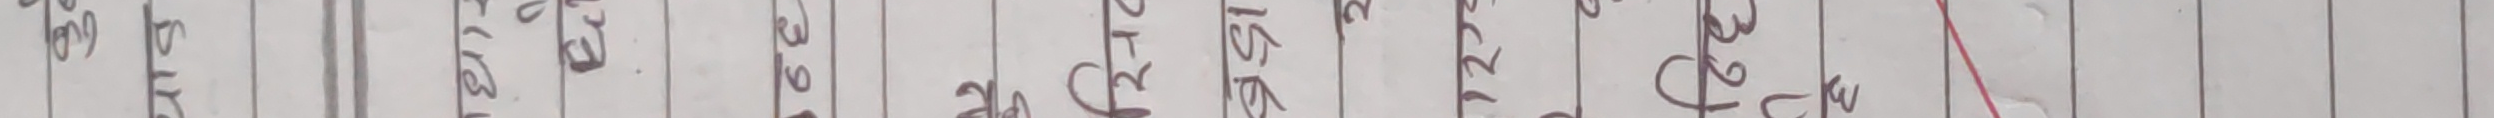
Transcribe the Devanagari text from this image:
अं १ ५ ९ १३ १७ २१ २५ २९ ३३ ३७
१ २ ६ १० १४ १८ २२ २६ ३० ३४ ३८
मा ३ ७ ११ १५ १९ २३ २७ ३१ ३५ ३९
ए ४ ८ १२ १६ २० २४ २८ ३२ ३६ ४०